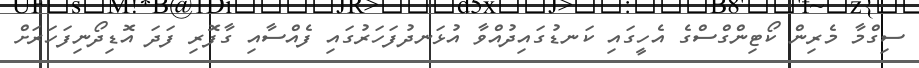
ސިގްމާ މެރިން ކޯޓިންގްސްގެ އެހީގައި ކަނޑުގައިދުއްވާ އުޅަނދުފަހަރުގައި ފެއްސާއި ގާފޮރި ފަދަ އޮޑިދޯނިފަހަރަށް